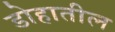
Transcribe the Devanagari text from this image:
डोहातील